King Institute of Preventive Medicine Micro-Biological Section reports 1909-11
Year: 1909
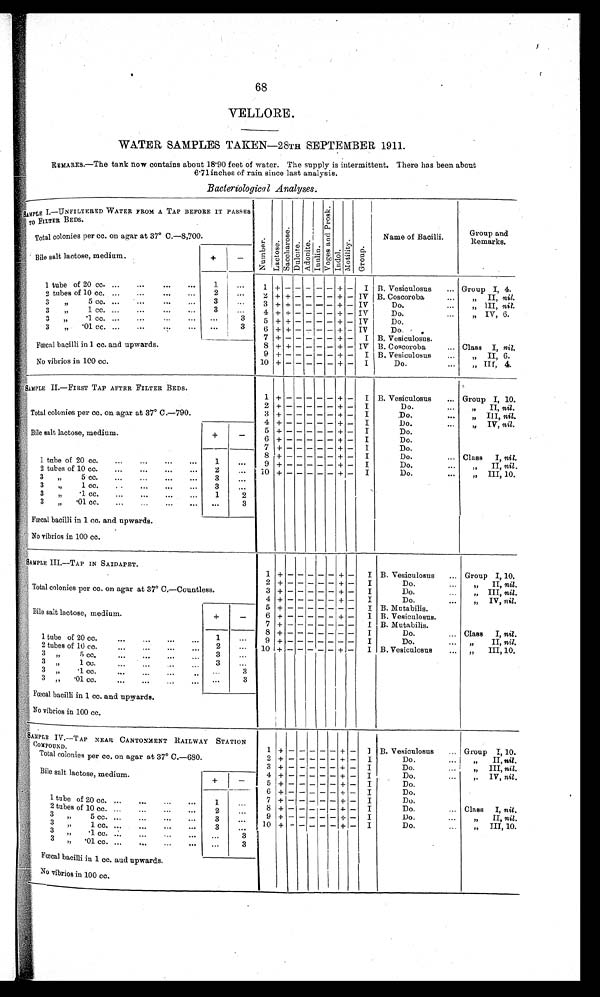
68
VELLORE.
WATER SAMPLES TAKEN—28TH SEPTEMBER 1911.
REMARKS.—The tank now contains about 18.90 feet of water. The supply is intermittent. There has been about
6.71 inches of rain since last analysis.
Bacteriological Analyses.
SAMPLE I.—UNFILTERED WATER FROM A TAP
BEFORE IT PASSES
TO FILTER BEDS.
N u m b e r .
L a c t o s e .
S a c c h a r o s e .
D u l c i t e . A d o n i t e . I n u l i n .
V o g e s a n d P r o s k .
I n d o l .
M o t i l i t y .
Group.
Name of Bacilli.
Group and
Remarks.
Total colonies per cc. on agar at 37° C.—8,700.
Bile salt lactose, medium.
+
-
1 tube of 20 cc. ... ... ... ... 1 ... 1 + - - - - - + - I B. Vesiculosus ... Group I, 4.
2 tubes of 10 cc. ... ... ... ... 2 ... 2 + + - - - - + - IV B. Coscoroba
...
„ II, nil.
3 ,, 5 cc. ... ... ... ... 3 ... 3 + + - - - - + - IV
Do.
...
„ III, nil.
3 „
1 cc. ... ... ... ... 3 ... 4 + + - - - - + - IV
Do.
...
„ IV, 6.
3
.1 cc. ... ... ... ... ...
3 5 + + - - - -+ - IV
Do.
3 ,, .01 CC. ... ... ... ... ... 3
6 + + - - - - + - IV
Do
,
7 +- - - - - + - I B. Vesiculosus.
Fœcal bacilli in 1 cc. and upwards.
8 + + - - - - + - IV B. Coscoroba
... Class I, nil.
9 +- - - - - + - I B. Vesiculosus ...
„ II, 6.
No vibrios in 100 cc.
10 + - - - - - + - I
Do.
... I„ III, 4.
SAMPLE II.—FIRST TAP AFTER FILTER BEDS.
1 +
- - - - + - I
B. Vesiculosus ... Group I, 10.
' Silt
2 +- - - - - + - I
Do.
... „ II, nil.
Total colonies per cc. on agar at 37° C.—790.
3+ - - - - - + - I
Do.
... „ III, nil.
4+ - - - - - + - I
Do.
..
,, IV, nil.
Bile salt lactose, medium.
+
- 5 + - - - - - + - I
Do.
6+ - - - - - + - I
Do.
7+ - - - - - + - I
Do.
8 +- - - - - + - I
Do.
... Class I, nil.
1 tube of 20 cc. ... ... ... ... 1 ... 9+ - - - - - + - I
Do.
...
„ II, nil..
2 tubes of 10 cc. ... ... ... ... 2 ... 10+ - - - - - + - I
Do.
...
„ III, 10.
3
,,
5 cc....... ... 3 ...
3 „
1 cc.
... ... ... 3 ...
3 „
.1 cc. ... ... ... ... ... 3
3 „ .01 cc. .., ... ... ... ...
3
Fœcal bacilli in 1 cc. and upwards.
No vibrios in 100 cc.
SAMPLE III.—TAP IN SAIDAPET.
1 +
- -
- - - + - I B. Vesiculosus ... Group
I, 10
2 + - - - - - + - I
Do.
...
,, II, nil.
Total colonies per cc. on agar at 37° C.—Countless.
3 + - - - - - + - I
Do.
...
,, III, nil,
4 + - - - - - + - I
Do. ...
, , I V , n i l .
Bile salt lactose, medium.
+
-
5 + - - - - - - - I B. Mutabilis.
...
6 + - - - - - + - I B. Vesiculosus. ...
7 + - - - - - - - I B. Mutabilis.
8 + - - - - - - - I
Do.
... Class
I, nil.
1 tube of 20 cc.
...
......
1 ...9 + - - - - - - - I
Do. ...
, , I I , n i l
...
2 tubes of 10 cc.
... ... ...
2 ...10+ - - - - - + - I B. Vesiculosus. ...
,,
III, 10.
3 „
5, cc.
...
... ...
3 ...
3 ,, 1 cc. ...
...
...... 3
...
3 „
.1 cc...
...
... ... ...
3
3 „ .01 cc. ...
...
... ... ...
3
Fœcal bacilli in 1 cc. and upwards.
No vibrios in 100 cc.
SAMPLE IV.—TAP NEAR CANTONMENT RAILWAY STATION
COMPOUND.
1 +
- -
- - - +
- I B. Vesiculosus .... Group I, 10
Group
I, 10
,,
II, nil.
,,
III, nil,
,,
IV, nil.
Class
I, nil.
,,
II, nil
,,
III, 10.
Total colonies per cc. on agar at 37° C.—680.
2 +- - - - - + - I
Do.
... ,,
II, nil.
3 +- - - - - + - I
Do.
... ,,
III, nil,
Bile salt lactose, medium.
+
is
- 4 + - - - - - + - I
Do.
...
,, IV, nil.
5 +- - - - - +- I
Do. ...
6 +- - - - - +- I
Do. ...
1 tube of 20 cc. ... ... ... ...
1... 7 + -- - - - + - I
Do. ...
2 tubes of 10 cc.
... ... ...
2 ... 8 +- - - - - + - I
Do.
... Class
I, nil.
3
. ...
,, 5cc. ...
... ... ... 3
... 9 + - - - - - + - I
Do. ...
, , II, ni l
3 „
1 cc. ... ... ... ...
3 ... 10 + - - - - - + - I
Do. ...
,,
III, 10.
3 „
.1 CC. ..
...
... ... ...
3
,, .01 cc. ...
...
... ... ...
3
Fœcal bacilli in 1 cc, and upwards.
No vibrios in 100 cc.